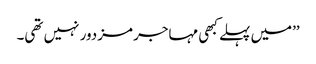
’’میں پہلے کبھی مہاجر مزدور نہیں تھی۔